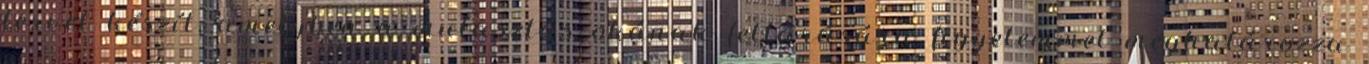
tervet készít, amelyben a mulasztás okának feltárására figyelemmel meghatározza